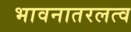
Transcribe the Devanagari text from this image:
भावनातरलत्व